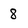
Character: 8